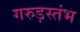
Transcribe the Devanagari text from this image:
गरुड़स्तंभ